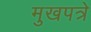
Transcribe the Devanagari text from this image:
मुखपत्रे